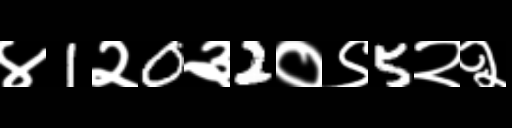
Text: ४1२0३2०९5२२